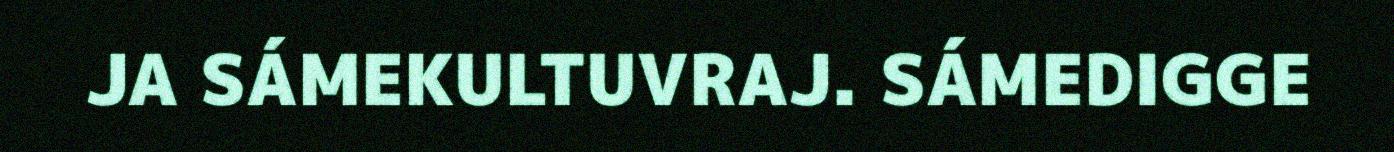
JA SÁMEKULTUVRAJ. SÁMEDIGGE